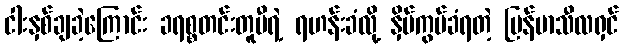
ငါးနှစ်ချခဲ့ကြောင်း ခရစ္စတင်းတူမီရဲ့ ရဟန်းခံလို့ နှိပ်ကွပ်ခံရတဲ့ မြန်မာသီလရှင်